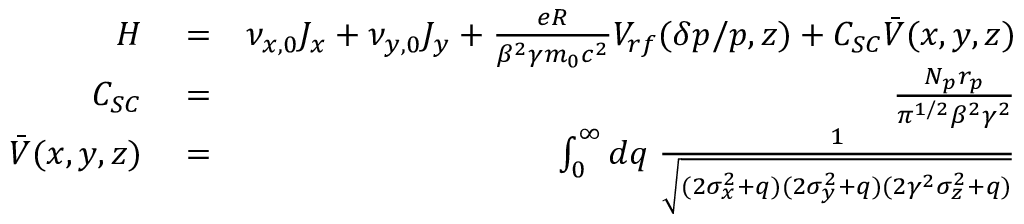
\begin{array} { r l r } { H } & { { } = } & { \nu _ { x , 0 } J _ { x } + \nu _ { y , 0 } J _ { y } + \frac { e R } { \beta ^ { 2 } \gamma m _ { 0 } c ^ { 2 } } V _ { r f } ( \delta p / p , z ) + C _ { S C } \bar { V } ( x , y , z ) } \\ { C _ { S C } } & { { } = } & { \frac { N _ { p } r _ { p } } { \pi ^ { 1 / 2 } \beta ^ { 2 } \gamma ^ { 2 } } } \\ { \bar { V } ( x , y , z ) } & { { } = } & { \int _ { 0 } ^ { \infty } d q \; \frac { 1 } { \sqrt { ( 2 \sigma _ { x } ^ { 2 } + q ) ( 2 \sigma _ { y } ^ { 2 } + q ) ( 2 \gamma ^ { 2 } \sigma _ { z } ^ { 2 } + q ) } } } \end{array}